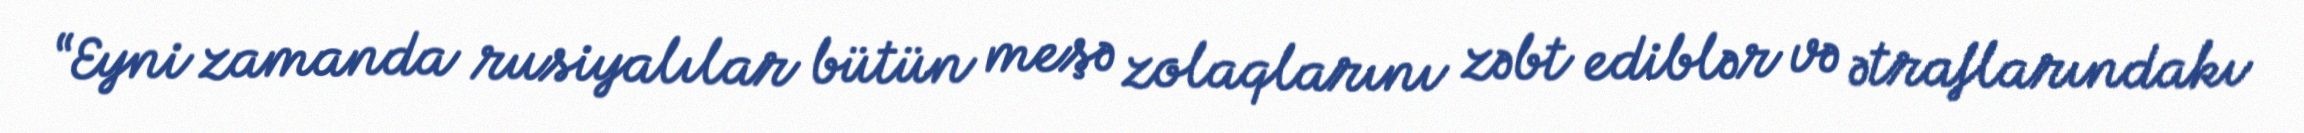
“Eyni zamanda rusiyalılar bütün meşə zolaqlarını zəbt ediblər və ətraflarındakı